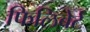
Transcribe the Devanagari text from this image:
फिलिबेर्ट